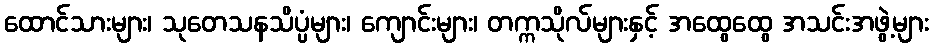
ထောင်သားများ၊ သုတေသနသိပ္ပံများ၊ ကျောင်းများ၊ တက္ကသိုလ်များနှင့် အထွေထွေ အသင်းအဖွဲ့များ